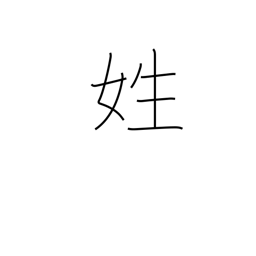
Meaning: surname